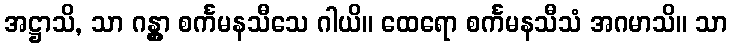
အဋ္ဌာသိ, သာ ဂန္တွာ စင်္ကမနသီသေ ဂါယိ။ ထေရော စင်္ကမနသီသံ အဂမာသိ။ သာ